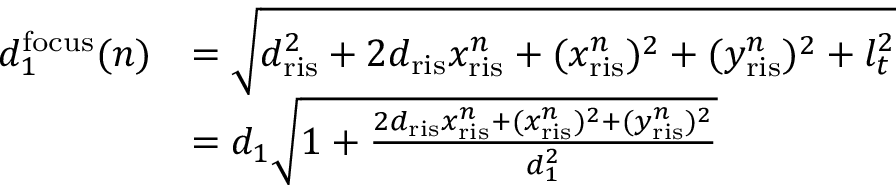
\begin{array} { r l } { d _ { 1 } ^ { \mathrm { f o c u s } } ( n ) } & { = \sqrt { d _ { \mathrm { r i s } } ^ { 2 } + 2 d _ { \mathrm { r i s } } x _ { \mathrm { r i s } } ^ { n } + ( x _ { \mathrm { r i s } } ^ { n } ) ^ { 2 } + ( y _ { \mathrm { r i s } } ^ { n } ) ^ { 2 } + l _ { t } ^ { 2 } } } \\ & { = d _ { 1 } \sqrt { 1 + \frac { 2 d _ { \mathrm { r i s } } x _ { \mathrm { r i s } } ^ { n } + ( x _ { \mathrm { r i s } } ^ { n } ) ^ { 2 } + ( y _ { \mathrm { r i s } } ^ { n } ) ^ { 2 } } { d _ { 1 } ^ { 2 } } } } \end{array}